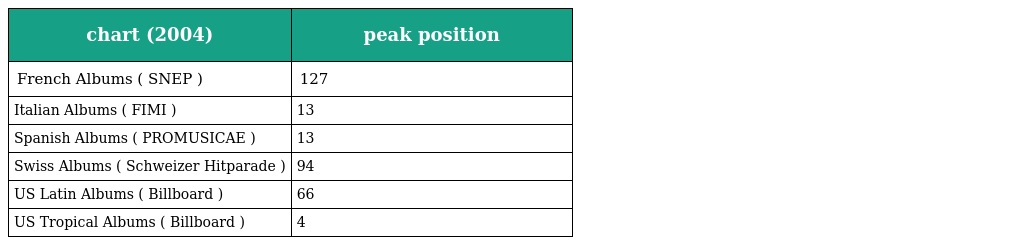
| chart (2004) | peak position |
 | --- | --- |
 | French Albums ( SNEP ) | 127 |
 | Italian Albums ( FIMI ) | 13 |
 | Spanish Albums ( PROMUSICAE ) | 13 |
 | Swiss Albums ( Schweizer Hitparade ) | 94 |
 | US Latin Albums ( Billboard ) | 66 |
 | US Tropical Albums ( Billboard ) | 4 |